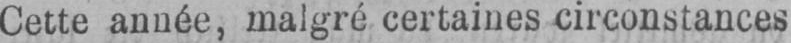
Cette année, malgré certaines circonstances